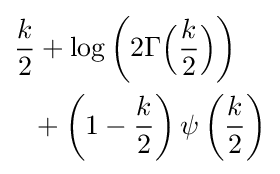
{\begin{aligned}{\frac {k}{2}}&+\log \left(2\Gamma {\Bigl (}{\frac {k}{2}}{\Bigr )}\right)\\&\!+\left(1-{\frac {k}{2}}\right)\psi \left({\frac {k}{2}}\right)\end{aligned}}